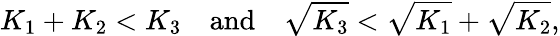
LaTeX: K_{1}+K_{2}<K_{3}\quad\mathrm{and}\quad\sqrt{K_{3}}<\sqrt{K_{1}}+\sqrt{K_{2}},